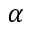
\alpha